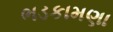
ભડકામણા